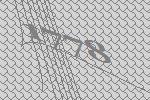
1778